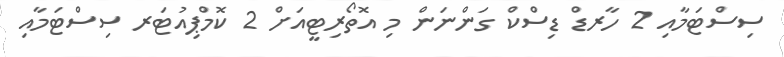
ސިސްޓަމާއި 2 ހާރޑް ޑިސްކް ގަންނަން މި އޮތޯރިޓީއަށް 2 ކޮމްޕިއުޓަރ ސިސްޓަމާއި